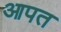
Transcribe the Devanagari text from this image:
आपत